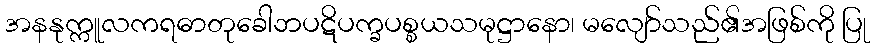
အနနုက္ကူလကရဓာတုခေါဘပဋိပက္ခပစ္စယသမုဋ္ဌာနော၊ မလျော်သည်၏အဖြစ်ကို ပြု